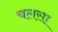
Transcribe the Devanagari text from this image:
चलसा